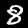
Label: 8